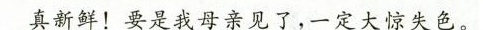
真新鲜！要是我母亲见了，一定大惊失色。